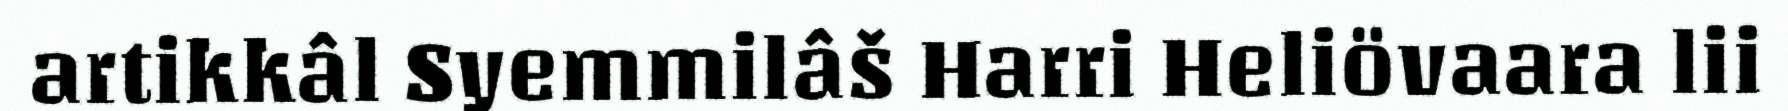
artikkâl Syemmilâš Harri Heliövaara lii